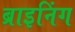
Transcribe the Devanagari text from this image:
ब्राइनिंग